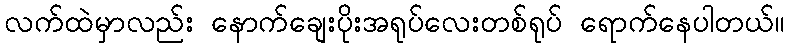
လက်ထဲမှာလည်း နောက်ချေးပိုးအရုပ်လေးတစ်ရုပ် ရောက်နေပါတယ်။